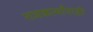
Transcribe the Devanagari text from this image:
राजकर्त्यांनाही